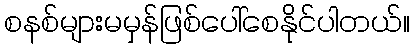
စနစ်များမမှန်ဖြစ်ပေါ်စေနိုင်ပါတယ်။